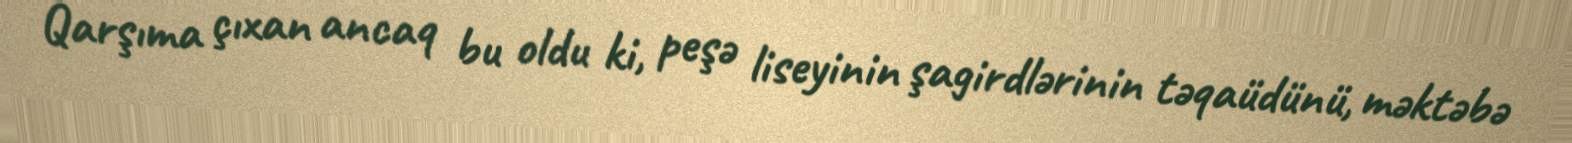
Qarşıma çıxan ancaq bu oldu ki, peşə liseyinin şagirdlərinin təqaüdünü, məktəbə